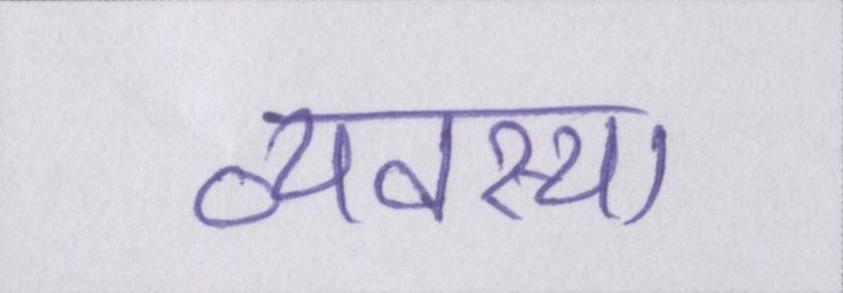
व्यवस्था